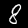
Digit: 8